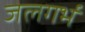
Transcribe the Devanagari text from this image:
जलगर्भ